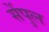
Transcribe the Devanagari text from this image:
सेंपुल